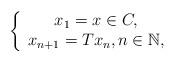
LaTeX: \begin{align*}\left\{ \begin{array}{c}x_{1}=x\in C, \\ x_{n+1}=Tx_{n},n\in \mathbb{N},\end{array}\right. \end{align*}